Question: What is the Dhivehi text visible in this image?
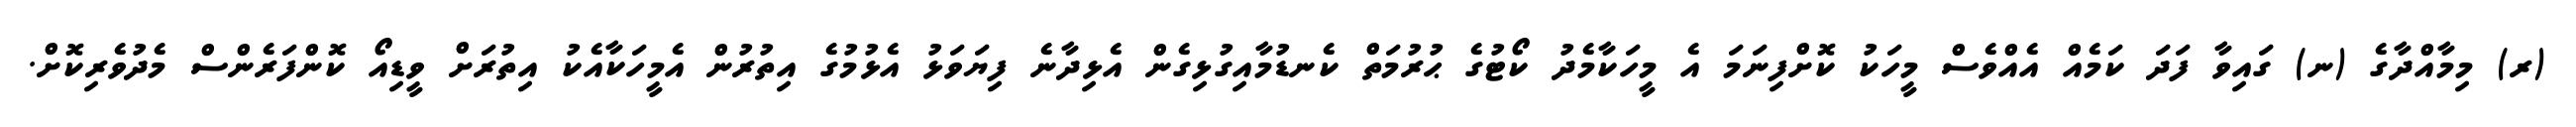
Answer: (ރ) މިމާއްދާގެ (ނ) ގައިވާ ފަދަ ކަމެއް އެއްވެސް މީހަކު ކޮށްފިނަމަ އެ މީހަކާމެދު ކޯޓުގެ ޙުރުމަތް ކެނޑުމާއިގުޅިގެން އެޅިދާނެ ފިޔަވަޅު އެޅުމުގެ އިތުރުން އެމީހަކާއެކު އިތުރަށް ވީޑިއޯ ކޮންފަރެންސް މެދުވެރިކޮށް.